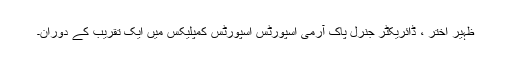
ظہیر اختر ، ڈائریکٹر جنرل پاک آرمی اسپورٹس اسپورٹس کمپلیکس میں ایک تقریب کے دوران۔